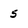
Character: 5